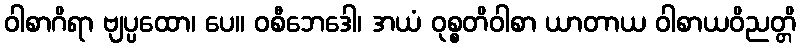
ဝါစာဂိရာ ဗျပ္ပထော၊ ပေ။ ဝစီဘေဒေါ၊ အယံ ဝုစ္စတိဝါစာ ယာတာယ ဝါစာယဝိညတ္တိ